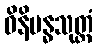
ဝိနိဗန္ဓသုတ္တံ